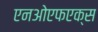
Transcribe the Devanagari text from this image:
एनओएफएक्स